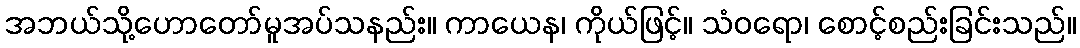
အဘယ်သို့ဟောတော်မူအပ်သနည်း။ ကာယေန၊ ကိုယ်ဖြင့်။ သံဝရော၊ စောင့်စည်းခြင်းသည်။